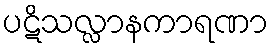
ပဋိသလ္လာနကာရဏာ